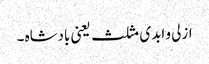
ازلی و ابدی مثلث یعنی بادشاہ ۔